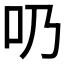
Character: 𠮨